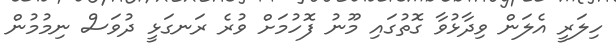
ހިލަރީ އެލަން ވިދާޅުވާ ގޮތުގައި މޫނު ފޮހުމަށް ވުރެ ރަނގަޅީ ދުވަސް ނިމުމުން